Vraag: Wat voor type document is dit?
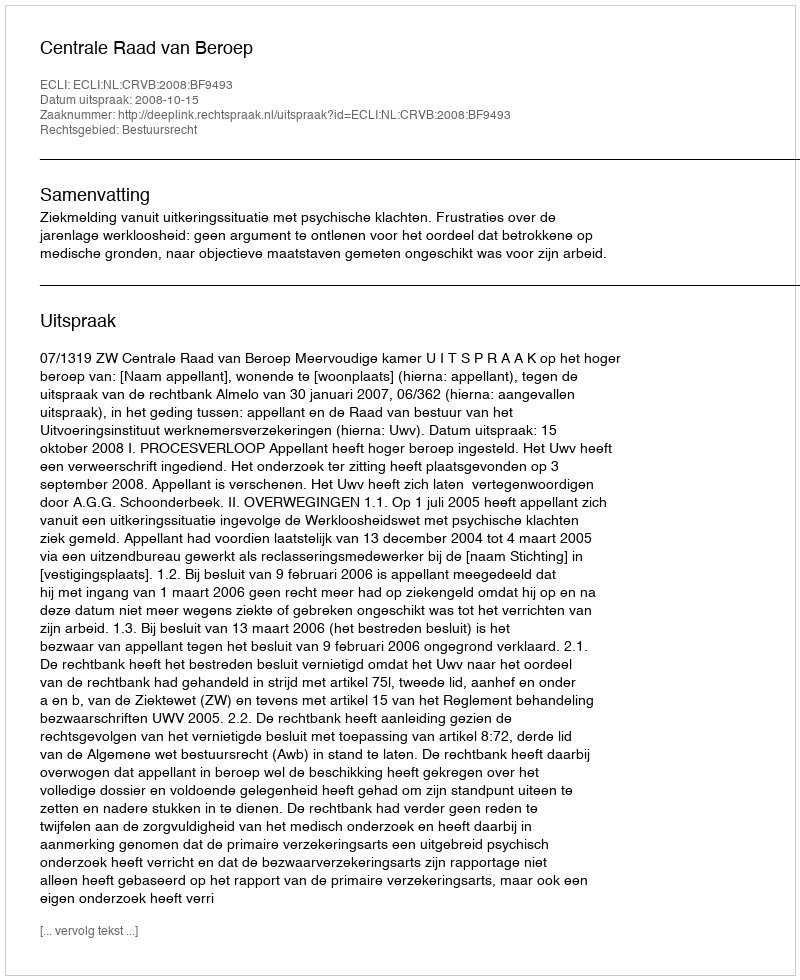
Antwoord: Uitspraak